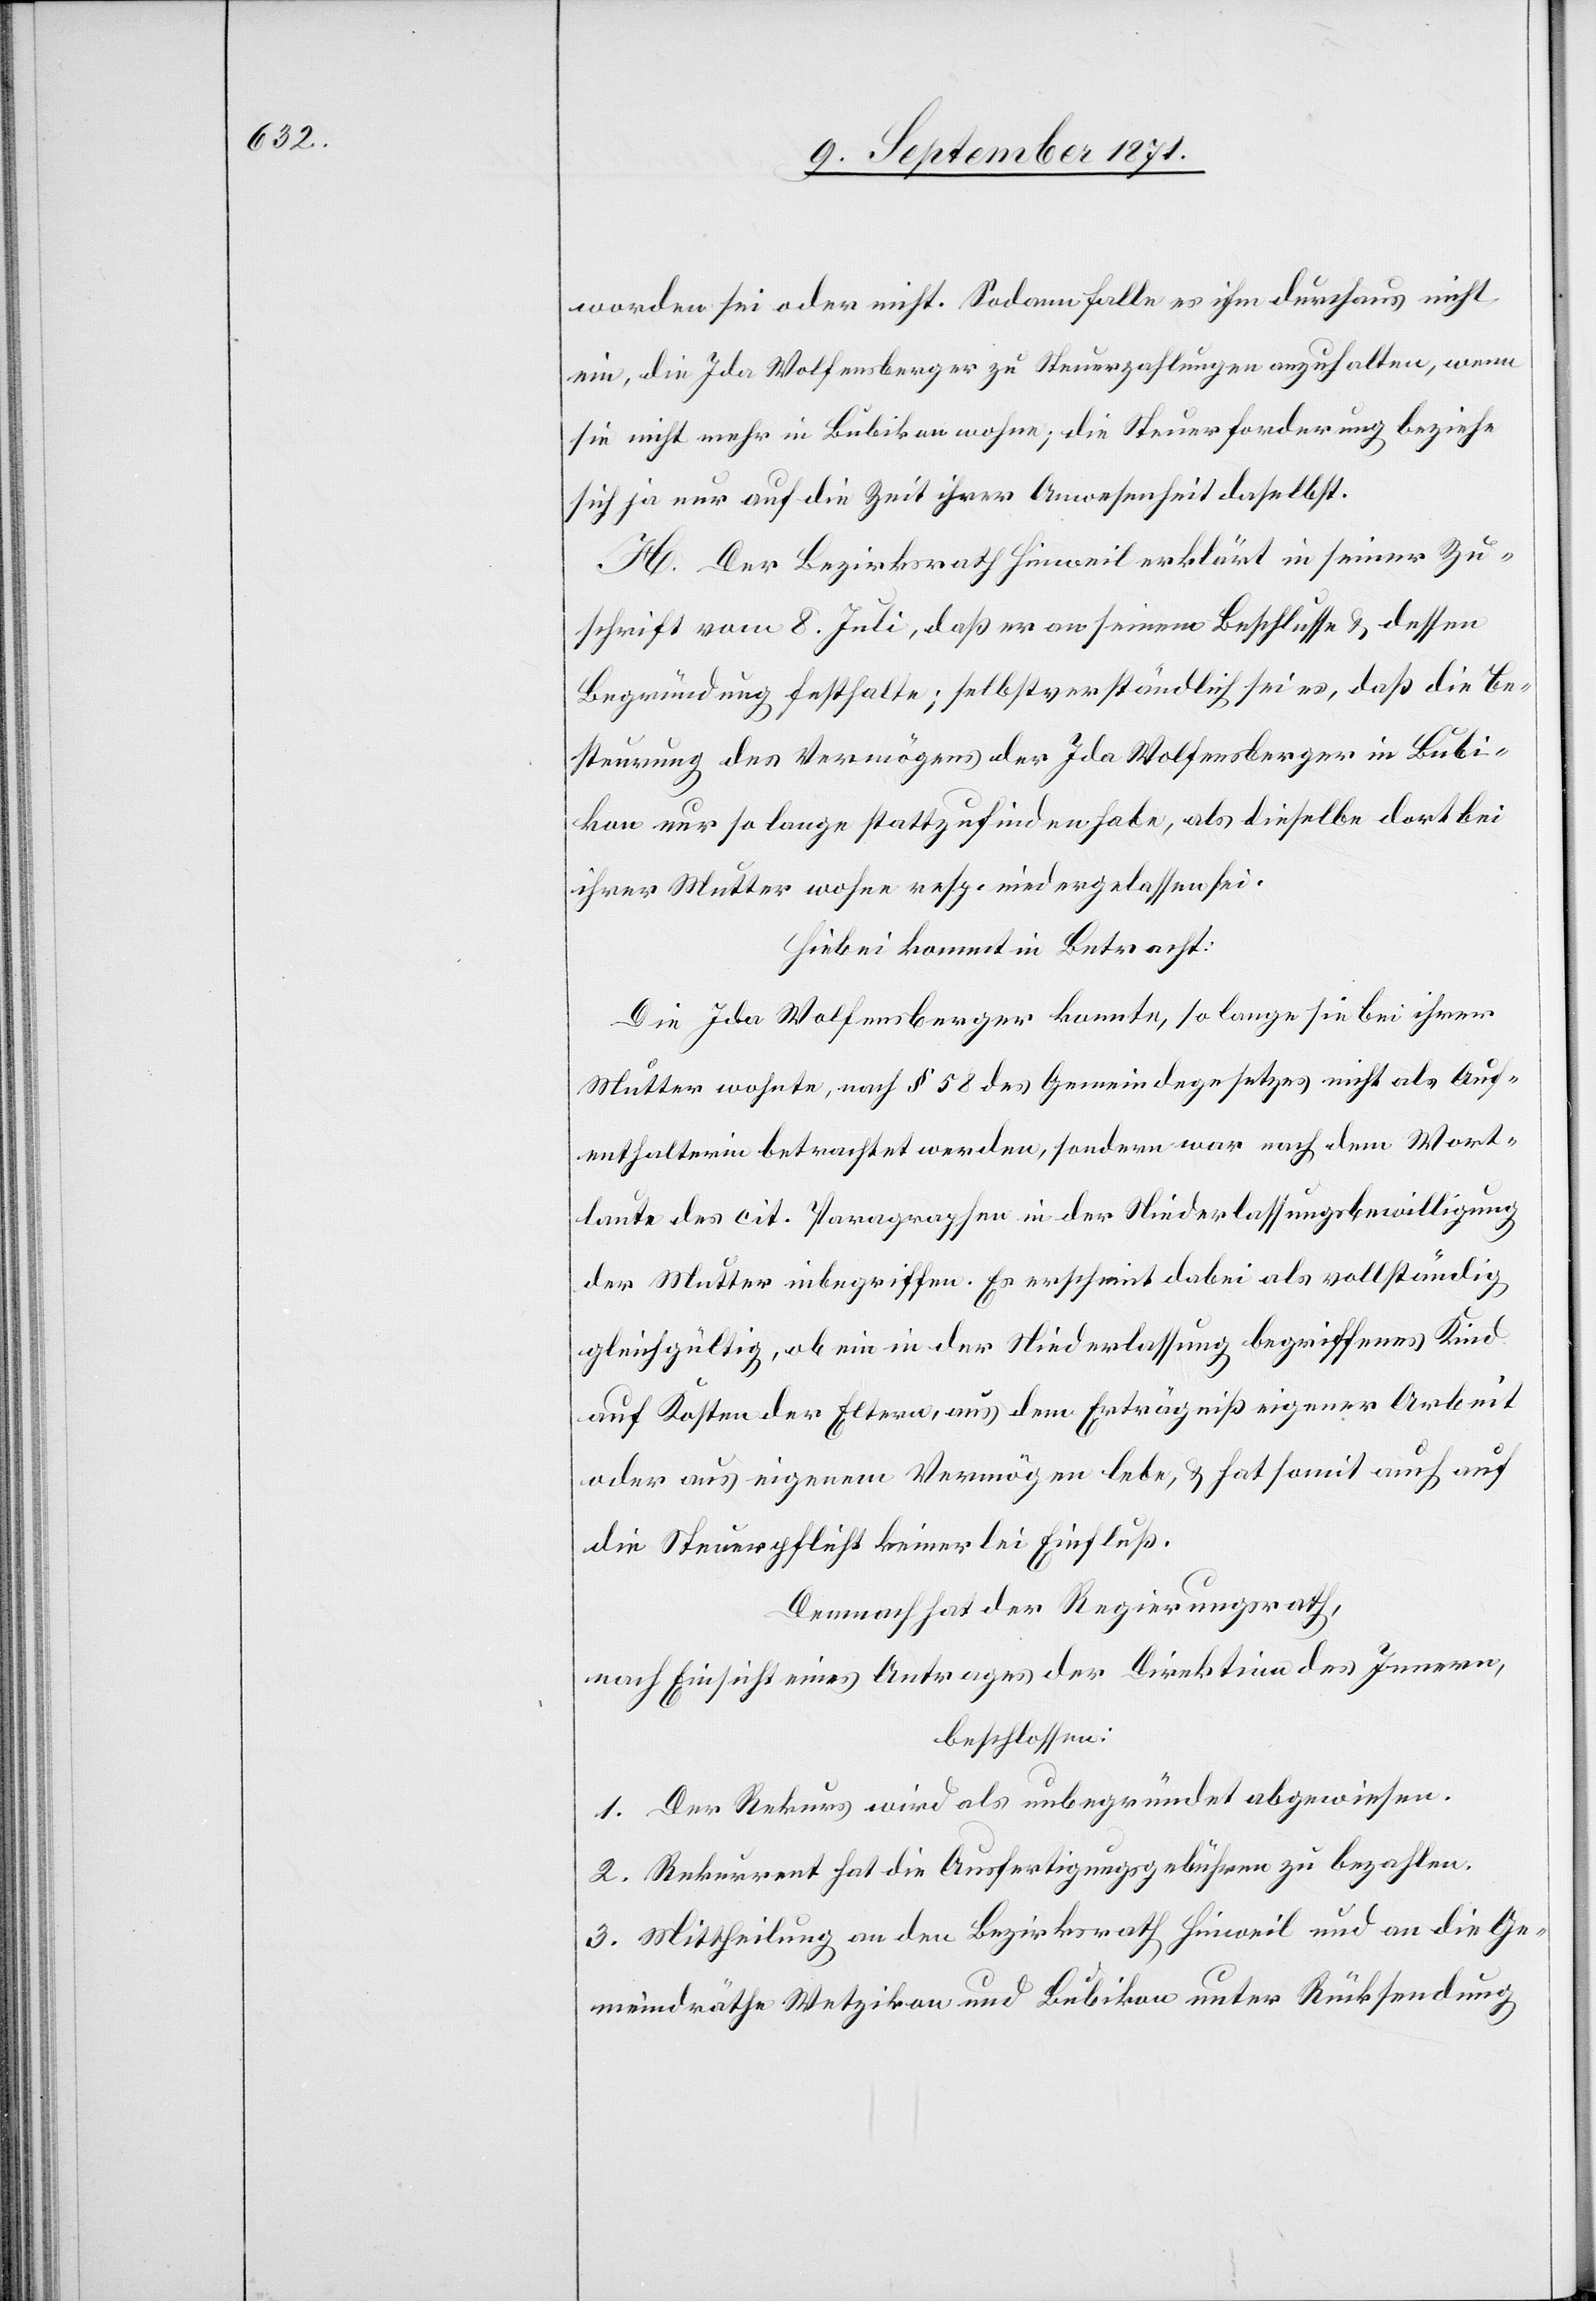
worden sei oder nicht. Sodann falle es ihm durchaus nicht
ein, die Ida Wolfensberger zu Steuerzahlungen anzuhalten, wenn
sie nicht mehr in Bubikon wohne; die Steuerforderung beziehe
sich ja nur auf die Zeit ihrer Anwesenheit daselbst.
H. Der Bezirksrath Hinweil erklärt in seiner Zu¬
schrift vom 8. Juli, daß er an seinem Beschlusse & dessen
Begründung festhalte; selbstverständlich sei es, daß die Be¬
steuerung des Vermögens der Ida Wolfensberger in Bubi¬
kon nur so lange stattzufinden habe, als dieselbe dort bei
ihrer Mutter wohne resp. niedergelassen sei.
Hirbei kommt in Betracht:
Die Ida Wolfensberger konnte, so lange sie bei ihrer
Mutter wohnte, nach § 58 des Gemeindegesetzes nicht als Auf¬
enthalterin betrachtet werden, sondern war nach dem Wort¬
laute des cit. Paragraphen in der Niederlassungsbewilligung
der Mutter inbegriffen. Es erscheint dabei als vollständig
gleichgültig, ob ein in der Niederlassung begriffenes Kind
auf Kosten der Eltern aus dem Erträgniß eigener Arbeit
oder aus eigenem Vermögen lebe, & hat somit auch auf
die Steuerpflicht keinerlei Einfluß.
Demnach hat der Regierungsrath,
nach Einsicht eines Antrages der Direktion des Innern,
beschlossen:
1. Der Rekurs wird als unbegründet abgewiesen.
2. Rekurrent hat die Ausfertigungsgebühren zu bezahlen.
3. Mittheilung an den Bezirksrath Hinweil und an die Ge¬
meindräthe Wetzikon und Bubikon unter Rücksendung